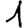
Digit: 1